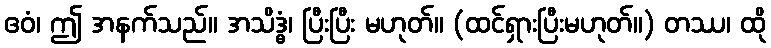
ဧဝံ၊ ဤ အနက်သည်။ အသိဒ္ဓံ၊ ပြီးပြီး မဟုတ်။ (ထင်ရှားပြီးမဟုတ်။) တဿ၊ ထို